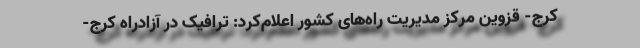
کرج- قزوین مرکز مدیریت راه‌های کشور اعلام‌کرد: ترافیک در آزادراه کرج-